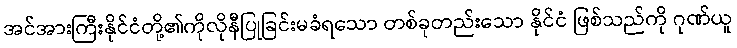
အင်အားကြီးနိုင်ငံတို့၏ကိုလိုနီပြုခြင်းမခံရသော တစ်ခုတည်းသော နိုင်ငံ ဖြစ်သည်ကို ဂုဏ်ယူ